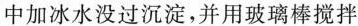
中加冰水没过沉淀，并用玻璃棒搅拌